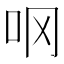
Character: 𫩚